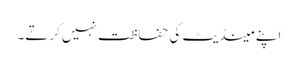
اپنے مینڈیٹ کی حفاظت نہیں کرتے۔